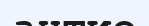
антио